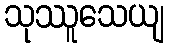
သုဿူသေယျ